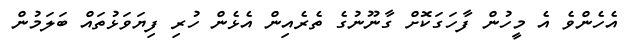
އެހެންވެ އެ މީހުން ފާހަގަކޮށް ގާނޫނުގެ ތެރެއިން އެޅެން ހުރި ފިޔަވަޅުތައް ބަލަމުން